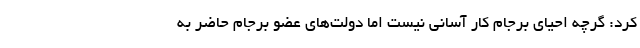
کرد: گرچه احیای برجام کار آسانی نیست اما دولت‌های عضو برجام حاضر به